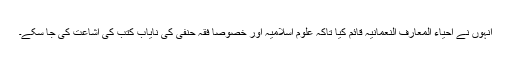
انہوں نے احیاء المعارف النعمانیہ قائم کیا تاکہ علوم اسلامیہ اور خصوصاً فقہ حنفی کی نایاب کتب کی اشاعت کی جا سکے۔